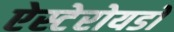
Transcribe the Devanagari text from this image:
ऐस्टेरोयडों